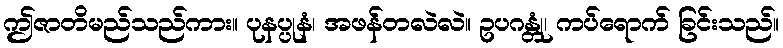
ဤဇာတိမည်သည်ကား။ ပုနပ္ပုနံ၊ အဖန်တလဲလဲ။ ဥပဂန္တုံ၊ ကပ်ရောက် ခြင်းသည်။